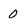
Character: 0